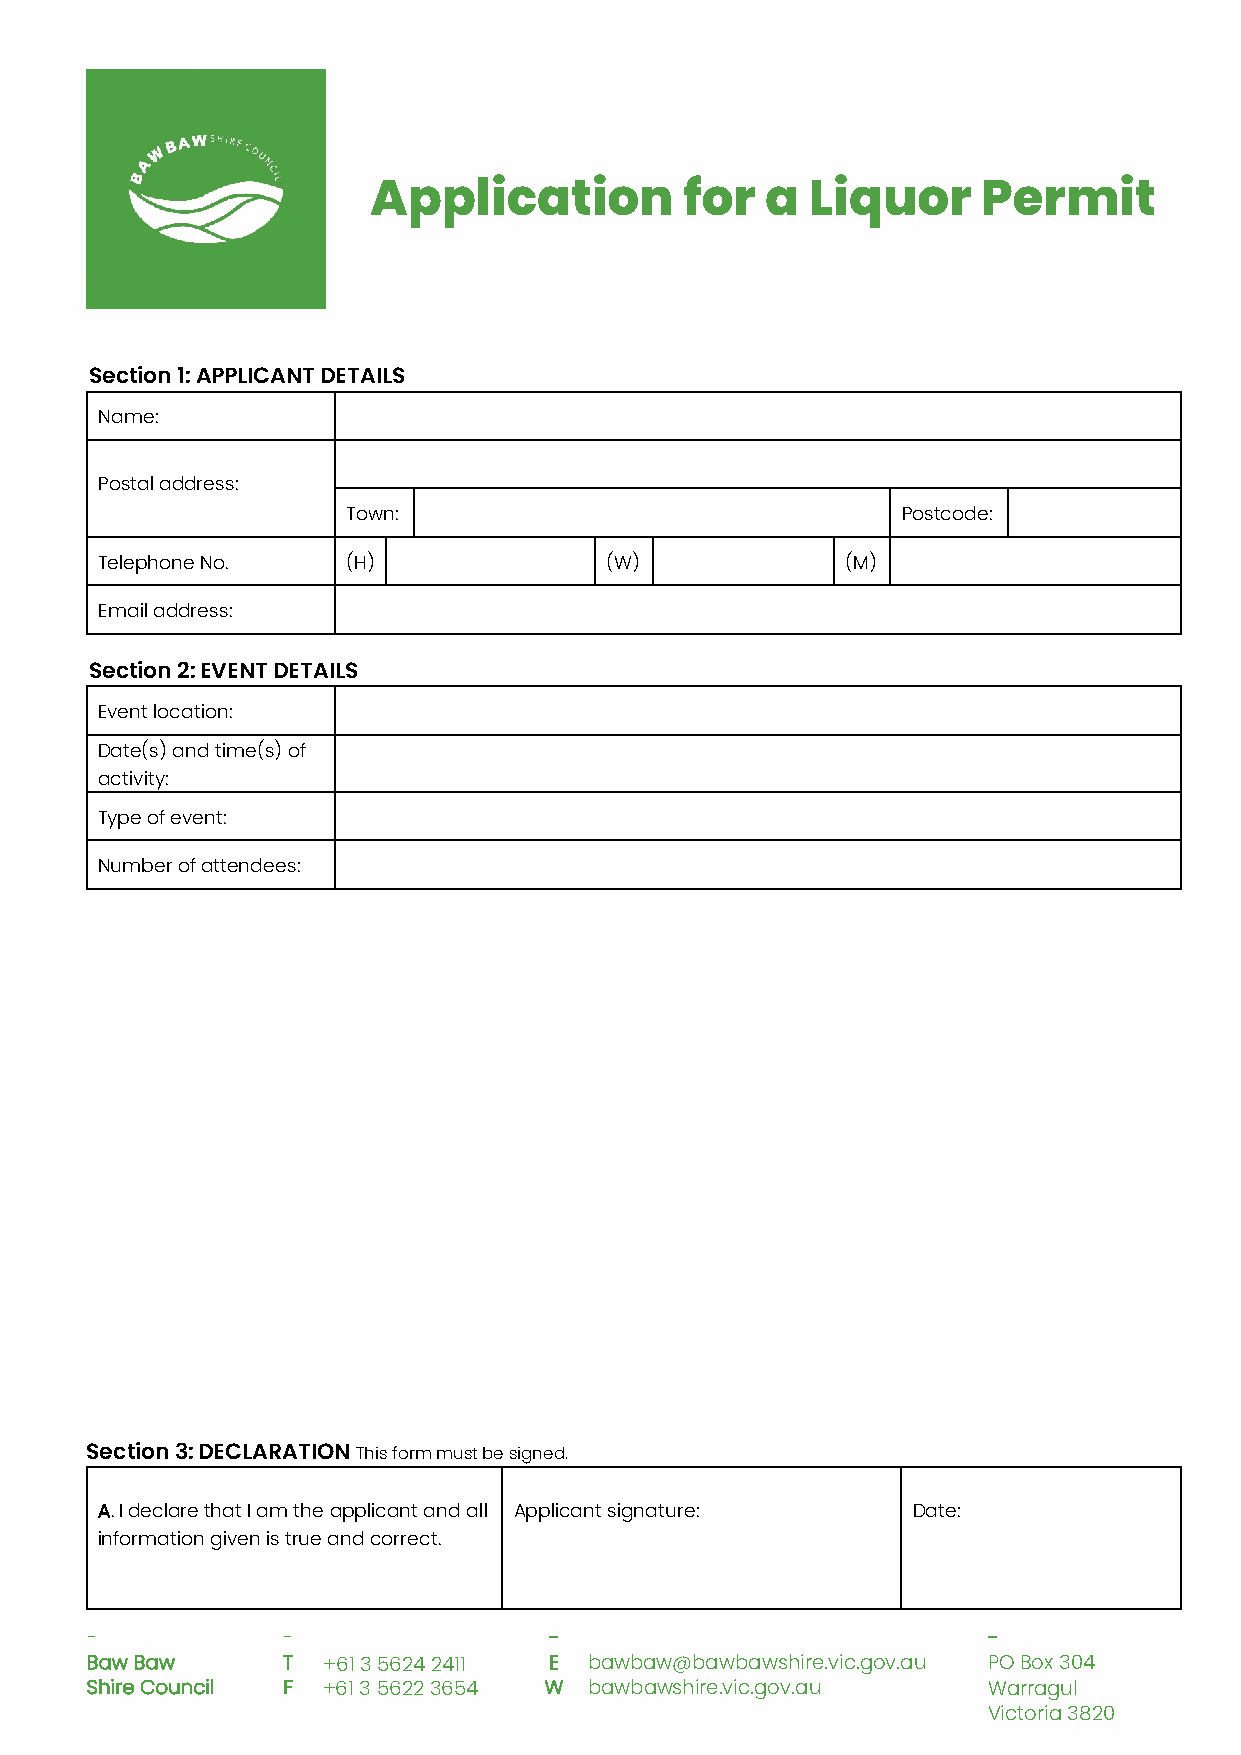
Application          for   a  Liquor     Permit
 Section 1: APPLICANT DETAILS
 Name:
 Postal address:
 Town:                                Postcode:
 Telephone No.    (H)              (W)             (M)
 Email address:
 Section 2: EVENT DETAILS
 Event location:
 Date(s) and time(s) of
 activity:
 Type of event:
 Number of attendees:
 Section 3: DECLARATION This form must be signed.
 A.I declare that I am the applicant and all Applicant signature: Date:
 information given is true and correct.
 -            -                -                            -
 Baw Baw      T +61 3 5624 2411 E bawbaw@bawbawshire.vic.gov.au PO Box 304
 Shire Council F +61 3 5622 3654 W bawbawshire.vic.gov.au   Warragul
 Victoria 3820